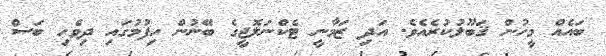
ބައެއް މީހުން ޤަބޫލުކުރެއެވެ. އަދި ޒަމާނީ ޓެކްނަލޮޖީގެ ބޭނުން ހިފުމުގައި ދިވެހި ބަސް